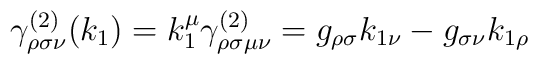
\gamma _{\rho \sigma \nu }^{(2)}(k_1)=k_1^\mu \gamma _{\rho \sigma \mu \nu}^{(2)}=g_{\rho \sigma }k_{1\nu }-g_{\sigma \nu }k_{1\rho }